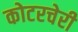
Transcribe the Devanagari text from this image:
कोटरचेरी